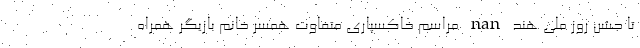
تا جشن روز ملی هند nan مراسم خاکسپاری متفاوت همسر خانم بازیگر همراه